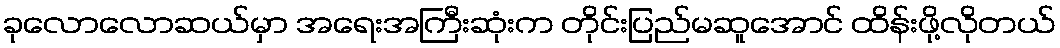
ခုလောလောဆယ်မှာ အရေးအကြီးဆုံးက တိုင်းပြည်မဆူအောင် ထိန်းဖို့လိုတယ်